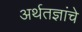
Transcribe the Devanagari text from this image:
अर्थतज्ञांचे